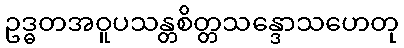
ဥဒ္ဓတအဝူပသန္တစိတ္တသန္ဒောသဟေတု